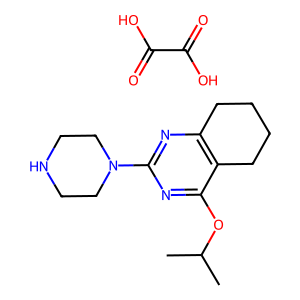
SMILES: CC(C)Oc1nc(N2CCNCC2)nc2c1CCCC2.O=C(O)C(=O)O
Inhibits HIV replication: No